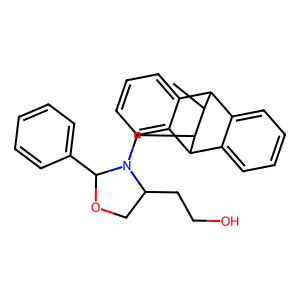
SMILES: CC1C2c3ccccc3C(c3ccccc32)C1CN1C(CCO)COC1c1ccccc1
Inhibits HIV replication: No